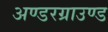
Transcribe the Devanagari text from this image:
अण्डरग्राउण्ड